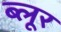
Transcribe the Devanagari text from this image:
ब्लूर